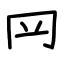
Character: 𦉰